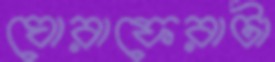
ঘোরাফেরাটা